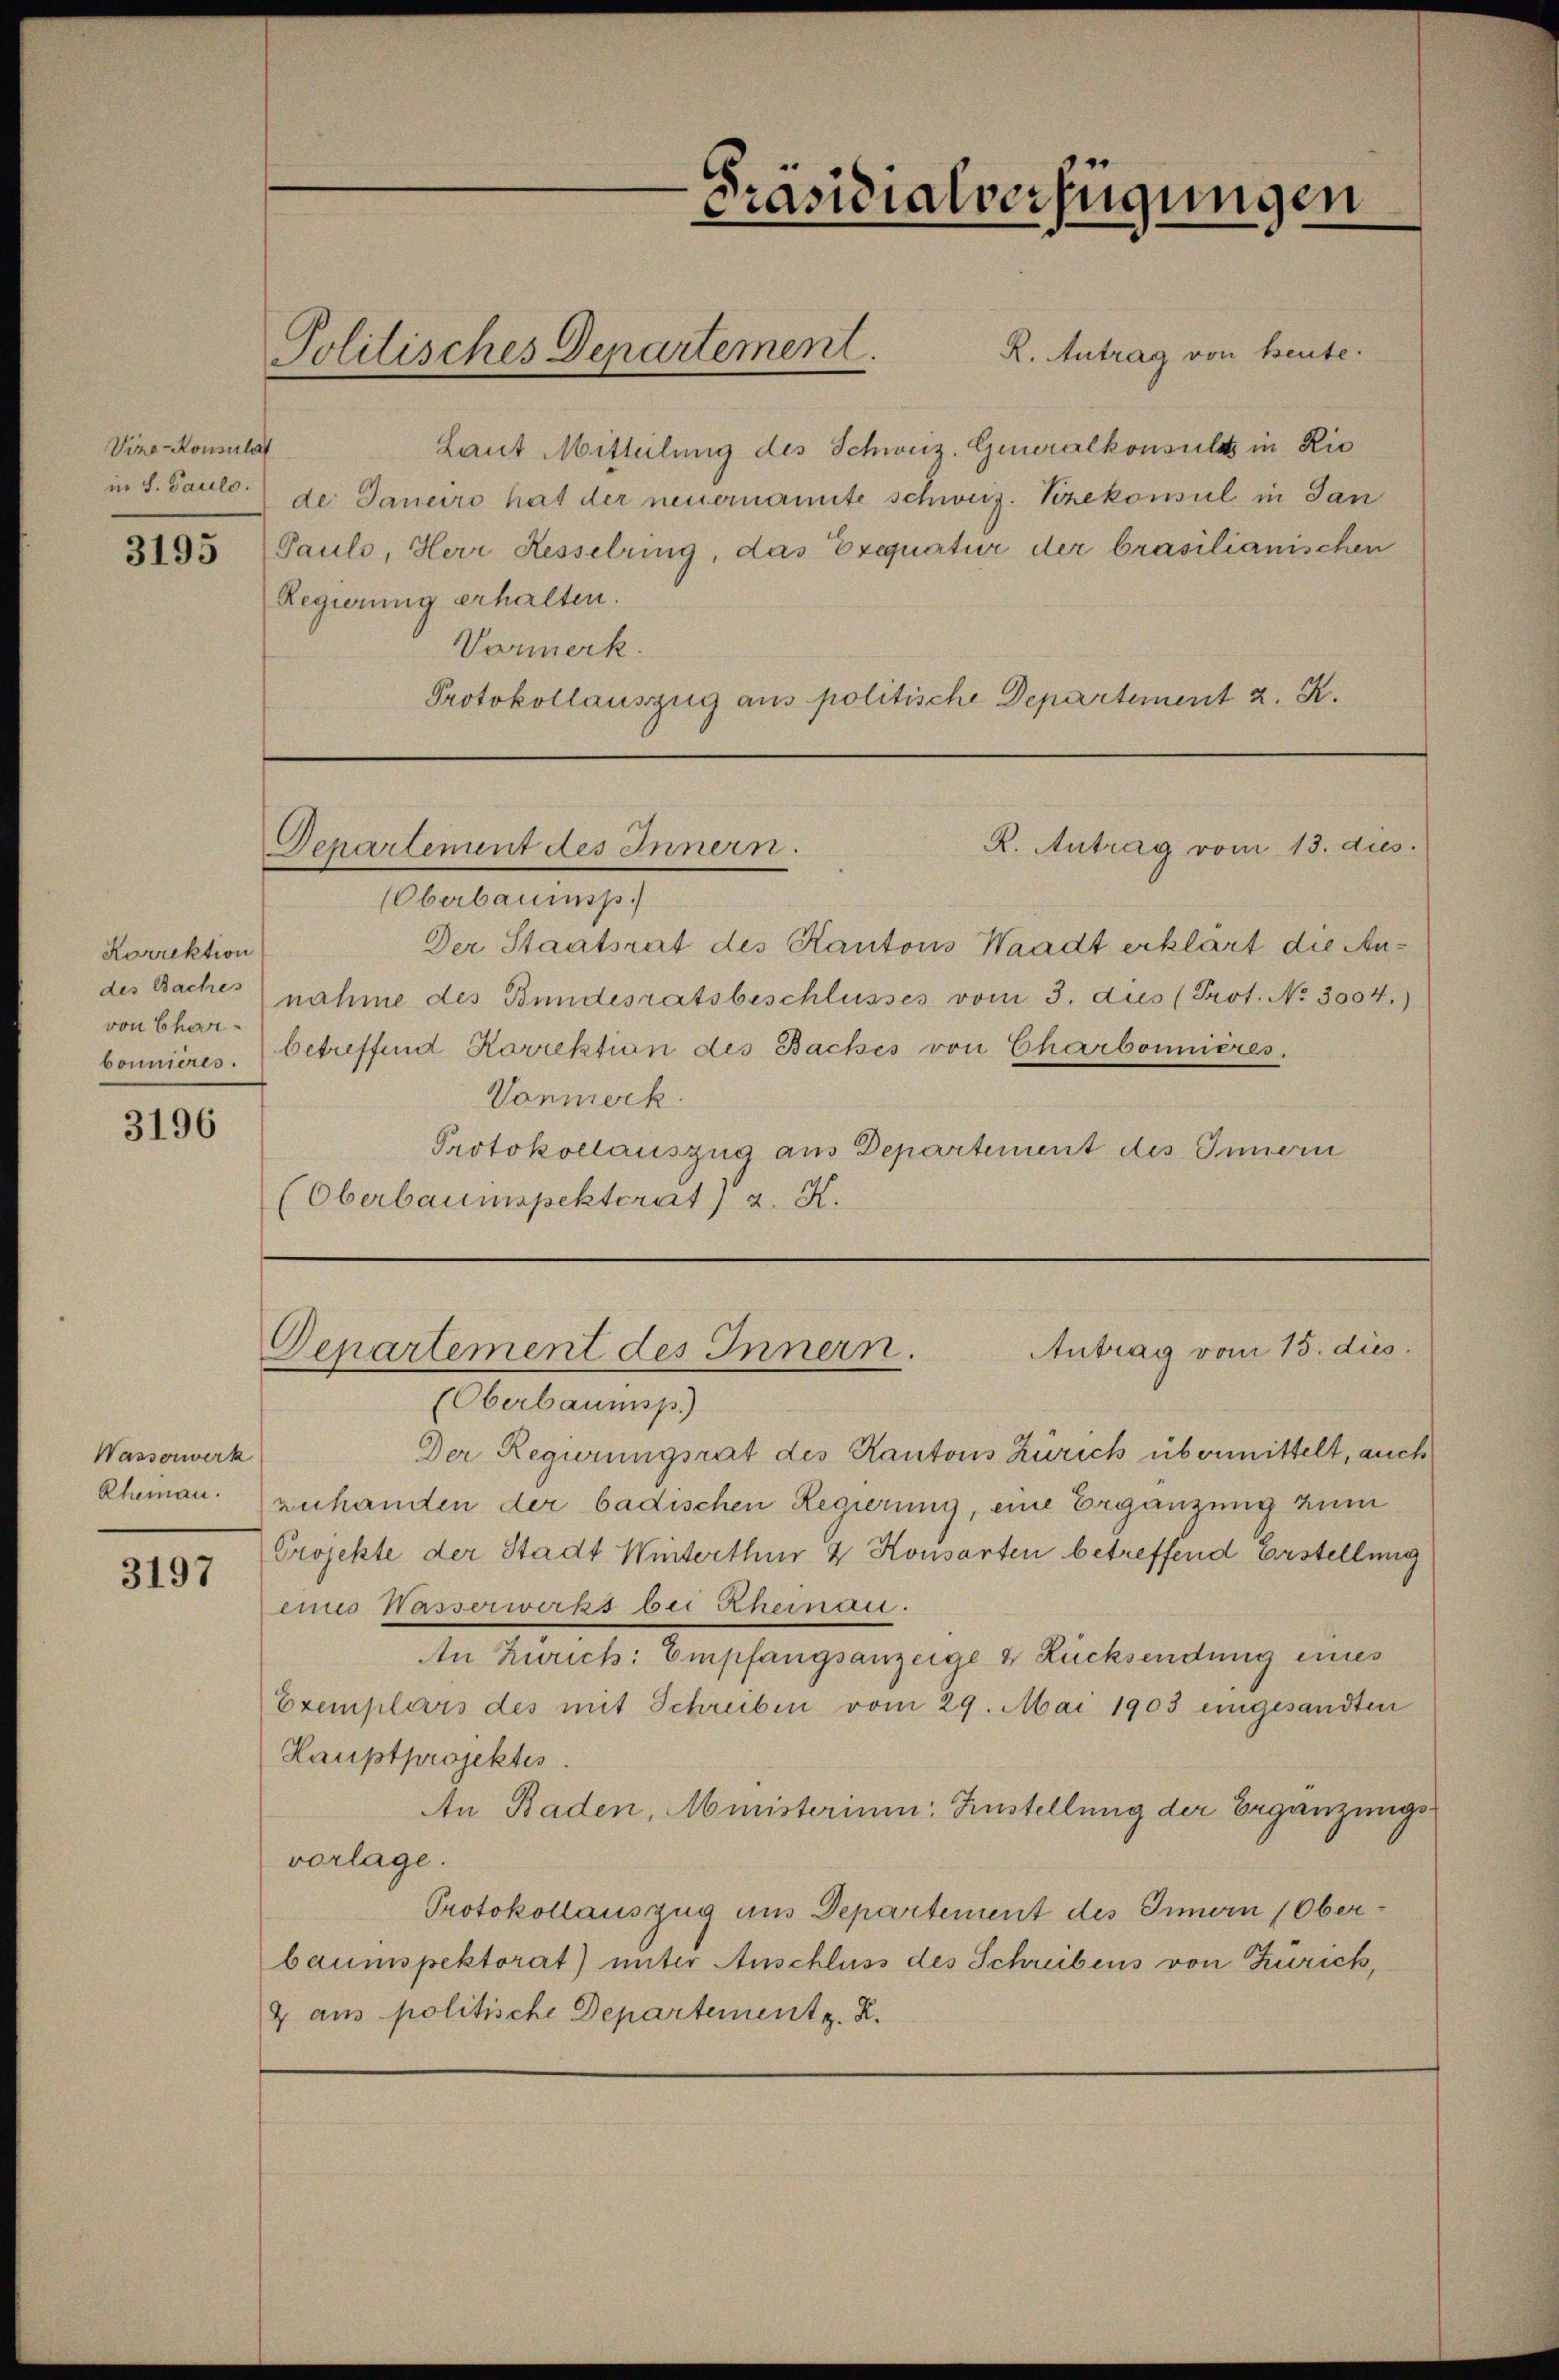
Vize-Konsulat
in S. Pauls.
3195

Korrektion
des Baches
von Charbonnieres.

3196

Wasserwerk
Rheman.

3197

R. Antrag von heute.
Laut Mitteilung des Schweiz. Generalkonsultz in Ric
de: Janeiro hat der neuernannte schweiz. Prekonsul in Jan
Pauls, Herr Hesselring, das Exequatur der brasilianischen
Regierung erhalten.
Varmerk.
Protokollauszug aus politische Departement 2. K.

Politisches Departement.

Präsidialverfügungen

R. Antrag vom 13. dies
Genartement des Innern.

Antrag vom 15. dies
Departement des Innern.

Oberbaumsp.
Der Staatsrat des Kantons Waadt erklärt die Aunahme des Bundesratsbeschlusses vom 3. dus (Prot. No. 3004.)
betreffend Korrektion des Backes von Charbonnieres.
Vonmerk
Protokollauszug aus Departement des Innern
(Oberbauinspektorat 2. X.

(Oberbaumsp.)
Der Regierungsrat des Kantons Zürich übermittelt, auch
zuhanden der badischen Regierung, eine Ergänzung zum
Projekte der Stadt Winterthur & Konsarten betreffend Erstellung
eines Wasserwerks bei Rheinau.
An Zürich: Empfangsanzeige & Rücksendung eines
Exemplars des mit Schreiben vom 29. Mai 1903 eingesandten
Hauptprojektes.
An Baden, Ministerium Zustellung der Begänzungsvorlage.
Protokollauszug aus Departement des Innern (Oberbaumspektorat) unter Anschluss des Schreibens von Zürich,
4 aus politische Departement z. B.